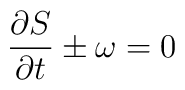
\frac{\partial S}{ \partial t} \pm \omega =0